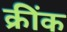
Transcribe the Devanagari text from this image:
क्रींक